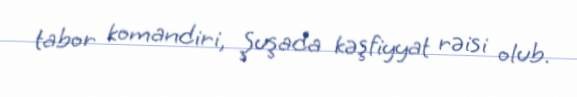
tabor komandiri, Şuşada kəşfiyyat rəisi olub.